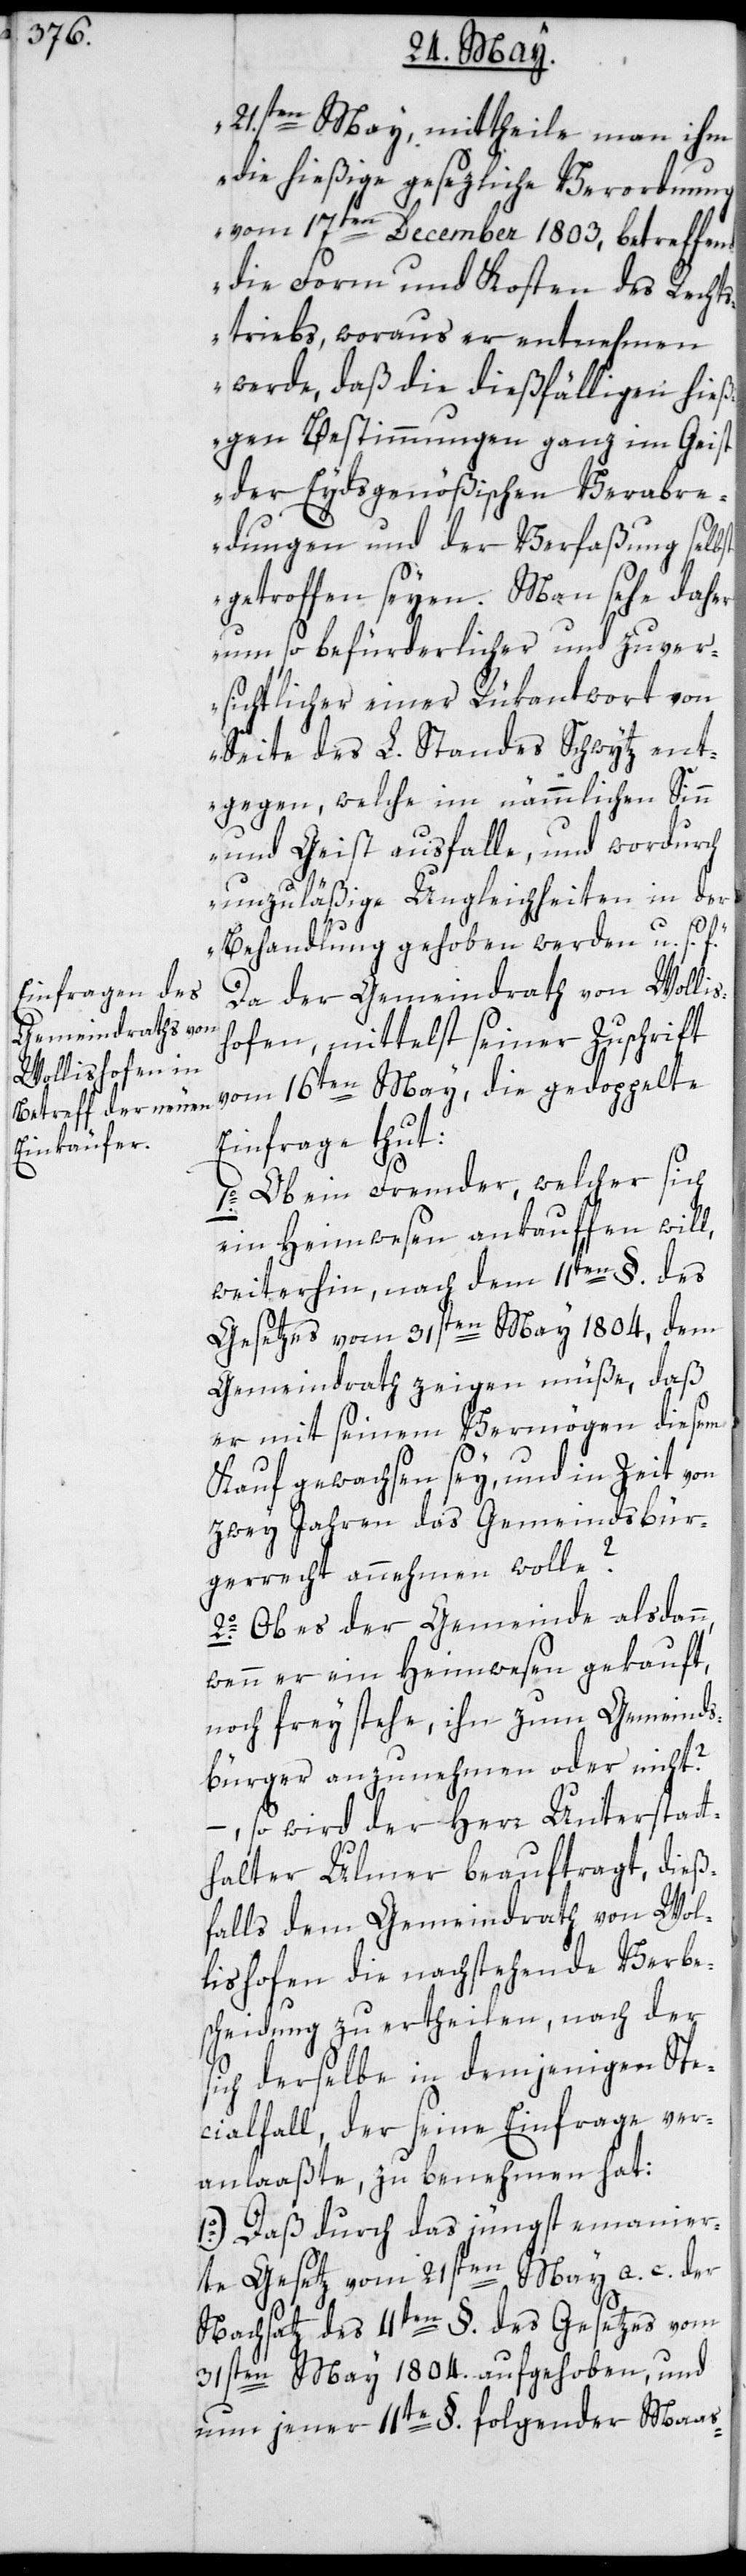
21sten May, mittheilte man ihm
die hießige gesezliche Verordnung
vom 17ten December 1803, betreffend
die Form und Kosten des Recht¬
striebs, woraus er entnehmen
werde, daß die dießfälligen hieß¬
igen Bestimmungen ganz im Geist
der Eydsgenößischen Verabre¬
dungen und der Verfaßung selbst
getroffen seyen. Man sehe daher
um so befürderlicher und zuver¬
sichtlicher einer Rükantwort von
Seite des L. Standes Schwytz ent¬
gegen, welche im nämmlichen Sin¬
n und Geist ausfalle, und wordurch
unzuläßige Ungleichheiten in der
Behandlung gehoben werden, u. s.
Da der Gemeindrath von Wollis¬
hofen, mittelst seiner Zuschrift
vom 16ten May, die gedoppelte
Einfrage thut:
1o.) Ob ein Fremder, welcher sich
ein Heimwesen ankauffen will,
weiterhin, nach dem 11ten §. des
Gesetzes vom 31sten May 1804, dem
Gemeindrath zeigen müße, daß
er mit seinem Vermögen diesem
Kauf gewachsen sey, und in Zeit von
zwey Jahren das Gemeindsbür¬
gerrecht annehmen wolle?
2o.) Ob es der Gemeinde alsdann,
wenn er ein Heimwesen gekauft,
noch frey stehe, ihn zum Gemeinds¬
bürger anzunehmen oder nicht?
so wird der Herr Unterstatt¬
halter Ulmer beauftragt, dieß¬
falls dem Gemeindrath von Wol¬
lishofen die nachstehende Verbe¬
scheidung zu ertheilen, nach der
sich derselbe in demjenigen Spe¬
zialfall, der seine Einfrage ver¬
anlaaßte, zu benehmen hat:
1o.) Daß durch das jüngst emanier¬
te Gesetz vom 21sten May a. c. der
Nachsatz des 11ten §. des Gesetzes vom
31sten May 1804. aufgehoben, und
nun jener 11te §. folgender Maas-